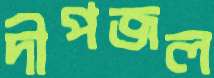
দীপজল